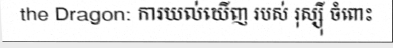
the Dragon: ការយល់ឃើញ របស់ រុស្ស៊ី ចំពោះ